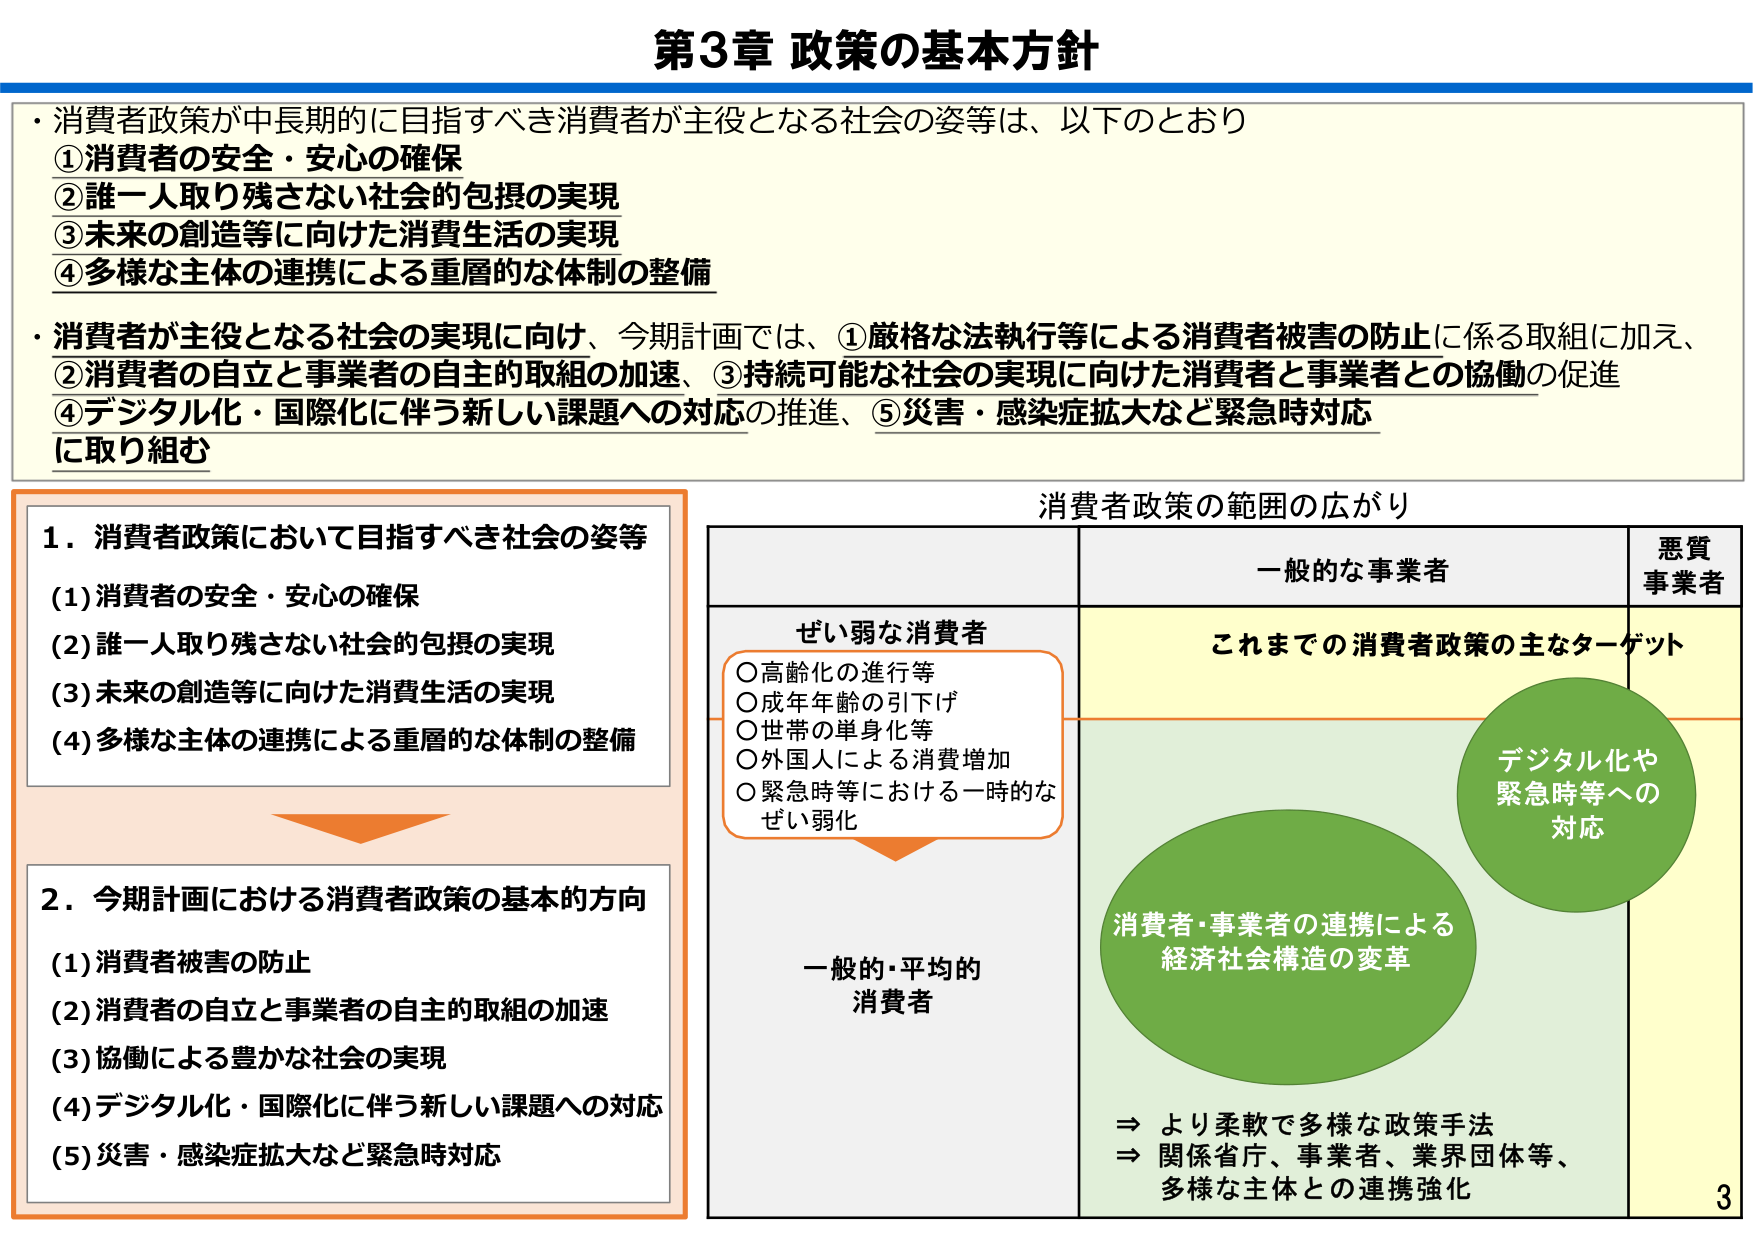
第3章 政策の基本方針

・消費者政策が中長期的に目指すべき消費者が主役となる社会の姿等は、以下のとおり
①消費者の安全・安心の確保
②誰一人取り残さない社会的包摂の実現
③未来の創造等に向けた消費生活の実現
④多様な主体の連携による重層的な体制の整備

・消費者が主役となる社会の実現に向け、今期計画では、①厳格な法執行等による消費者被害の防止に係る取組に加え、
②消費者の自立と事業者の自主的取組の加速、③持続可能な社会の実現に向けた消費者と事業者との協働の促進
④デジタル化・国際化に伴う新しい課題への対応の推進、⑤災害・感染症拡大など緊急時対応
に取り組む

1．消費者政策において目指すべき社会の姿等
(1) 消費者の安全・安心の確保
(2) 誰一人取り残さない社会的包摂の実現
(3) 未来の創造等に向けた消費生活の実現
(4) 多様な主体の連携による重層的な体制の整備

2．今期計画における消費者政策の基本的方向
(1) 消費者被害の防止
(2) 消費者の自立と事業者の自主的取組の加速
(3) 協働による豊かな社会の実現
(4) デジタル化・国際化に伴う新しい課題への対応
(5) 災害・感染症拡大など緊急時対応

消費者政策の範囲の広がり

一般的な事業者
悪質事業者

ぜい弱な消費者
○高齢化の進行等
○成年年齢の引下げ
○世帯の単身化等
○外国人による消費増加
○緊急時等における一時的なぜい弱化

これまでの消費者政策の主なターゲット

一般的・平均的消費者

消費者・事業者の連携による
経済社会構造の変革

デジタル化や
緊急時等への
対応

⇒ より柔軟で多様な政策手法
⇒ 関係省庁、事業者、業界団体等、
多様な主体との連携強化

3